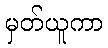
မှတ်ယူကာ